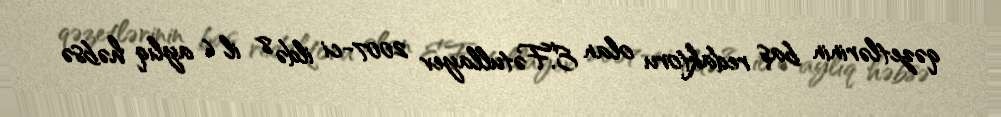
qəzetlərinin baş redaktoru olan E.Fətullayev 2007-ci ildə 8 il 6 aylıq həbsə